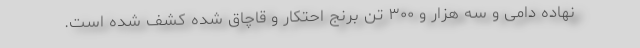
نهاده دامی و سه هزار و ۳۰۰ تن برنج احتکار و قاچاق شده کشف شده است.